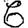
Digit: 6